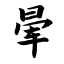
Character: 晕